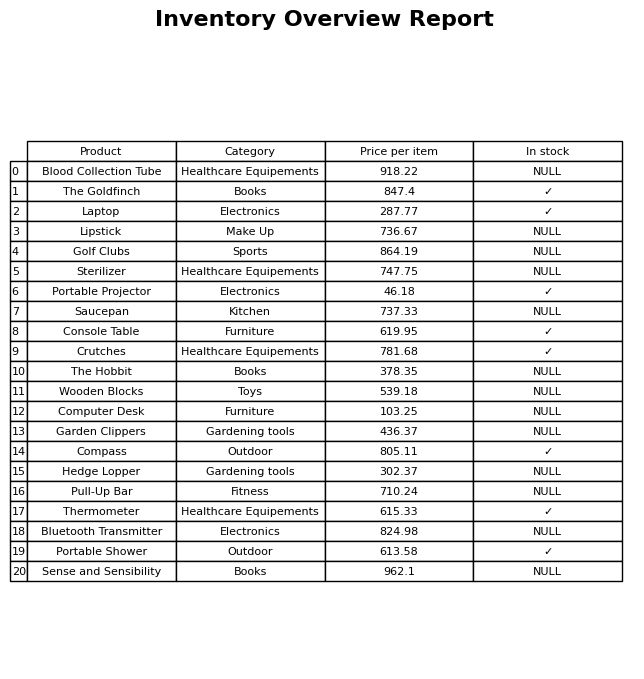
question: What is the price of the Thermometer?
answer: The price of Thermometer is 615.33.